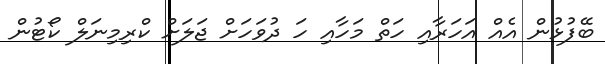
ބޭފުޅުން އެއް އަހަރާއި ހަތް މަހާއި ހަ ދުވަހަށް ޖަލަށް ކްރިމިނަލް ކޯޓުން